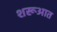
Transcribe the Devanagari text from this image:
शरूआत